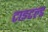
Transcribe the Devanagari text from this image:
टाइटल्ड